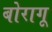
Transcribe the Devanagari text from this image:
बोरागू